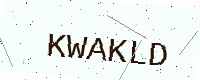
Text: KWAKLD